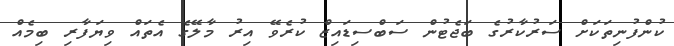
ކުންފުނިތަކަށް ސަރުކާރުގެ ބަޖެޓުން ސަބްސިޑައިޒް ކުރެވޭ އިރު މާލޭގެ އެތައް ވިޔަފާރި ބިމެއް